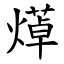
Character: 㷹